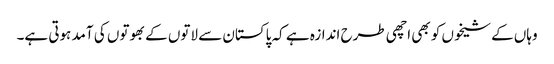
وہاں کے شیخوں کو بھی اچھی طرح اندازہ ہے کہ پاکستان سے لاتوں کے بھوتوں کی آمد ہوتی ہے۔